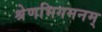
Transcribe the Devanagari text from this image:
श्रेणभिगमनम्